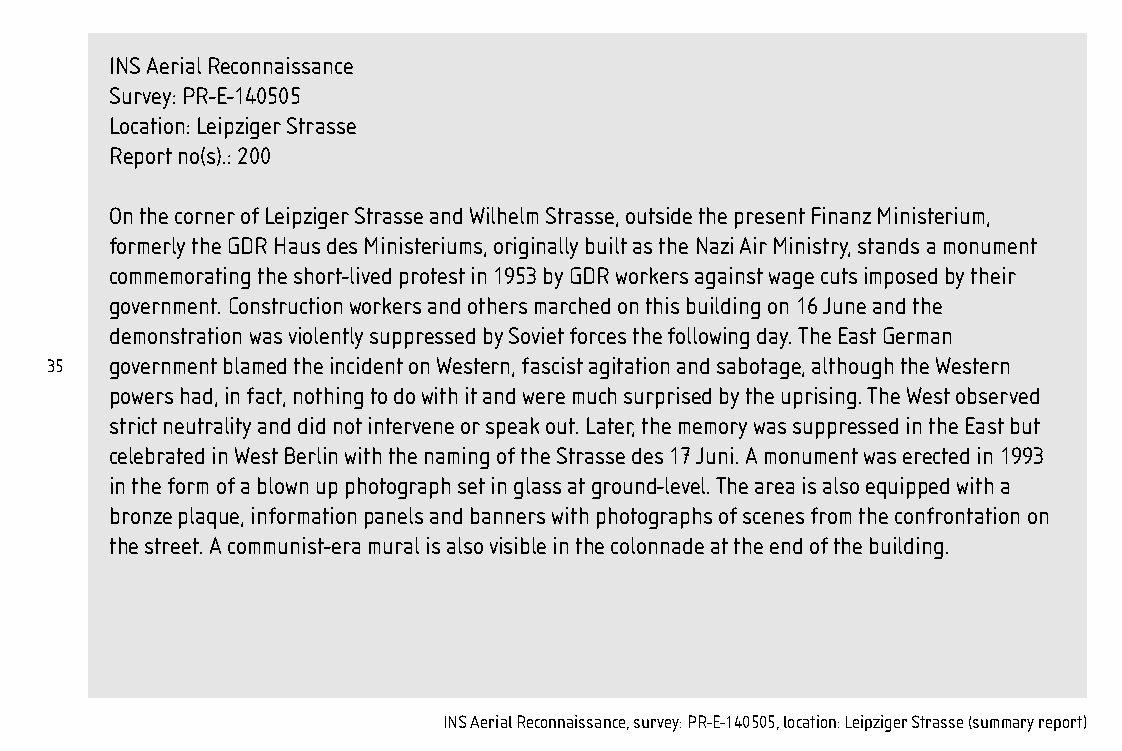
127x190_photo_booklet.qx6 09 12 2005 16:07 Page 35
 INS Aerial Reconnaissance
 Survey: PR-E-140505
 Location: Leipziger Strasse
 Report no(s).: 200
 On the corner of Leipziger Strasse and Wilhelm Strasse, outside the present Finanz Ministerium,
 formerly the GDR Haus des Ministeriums, originally built as the Nazi Air Ministry, stands a monument
 commemorating the short-lived protest in 1953 by GDR workers against wage cuts imposed by their
 government. Construction workers and others marched on this building on 16 June and the
 demonstration was violently suppressed by Soviet forces the following day. The East German
 35   government blamed the incident on Western, fascist agitation and sabotage, although the Western
 powers had, in fact, nothing to do with it and were much surprised by the uprising. The West observed
 strict neutrality and did not intervene or speak out. Later, the memory was suppressed in the East but
 celebrated in West Berlin with the naming of the Strasse des 17 Juni. A monument was erected in 1993
 in the form of a blown up photograph set in glass at ground-level. The area is also equipped with a
 bronze plaque, information panels and banners with photographs of scenes from the confrontation on
 the street. A communist-era mural is also visible in the colonnade at the end of the building.
 INS Aerial Reconnaissance, survey: PR-E-140505, location: Leipziger Strasse (summary report)